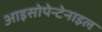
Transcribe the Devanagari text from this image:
आइसोपेन्टेनाइल